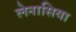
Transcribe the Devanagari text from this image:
लेनासिया